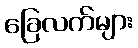
ခြေလက်များ